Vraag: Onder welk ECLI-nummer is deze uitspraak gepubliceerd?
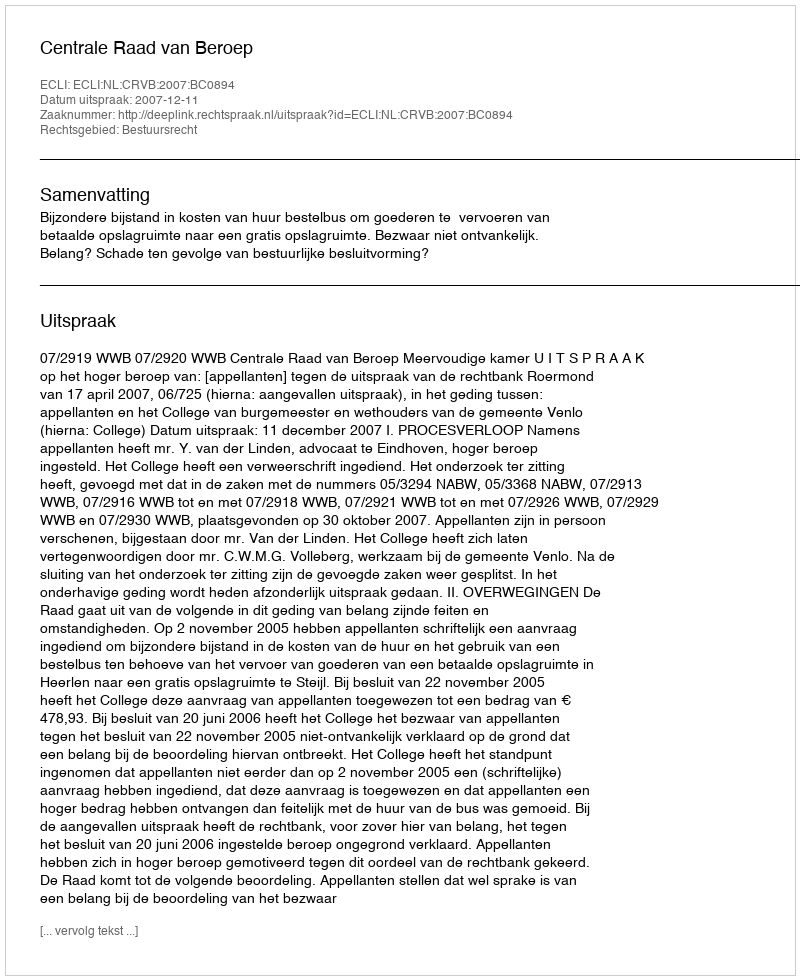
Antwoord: ECLI:NL:CRVB:2007:BC0894